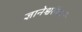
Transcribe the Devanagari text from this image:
ज्ञानेश्वरीकर्ते